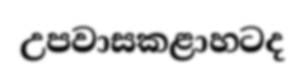
උපවාසකළාහටද